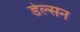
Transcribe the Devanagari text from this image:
डेल्सन